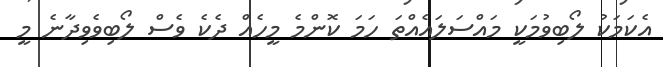
އެކަމަކު ލޯބިވުމަކީ މައްސަލައެއްތަ ހަމަ ކޮންމެ މީހެއް ދެކެ ވެސް ލޯބިވެވިދާނެ މީ